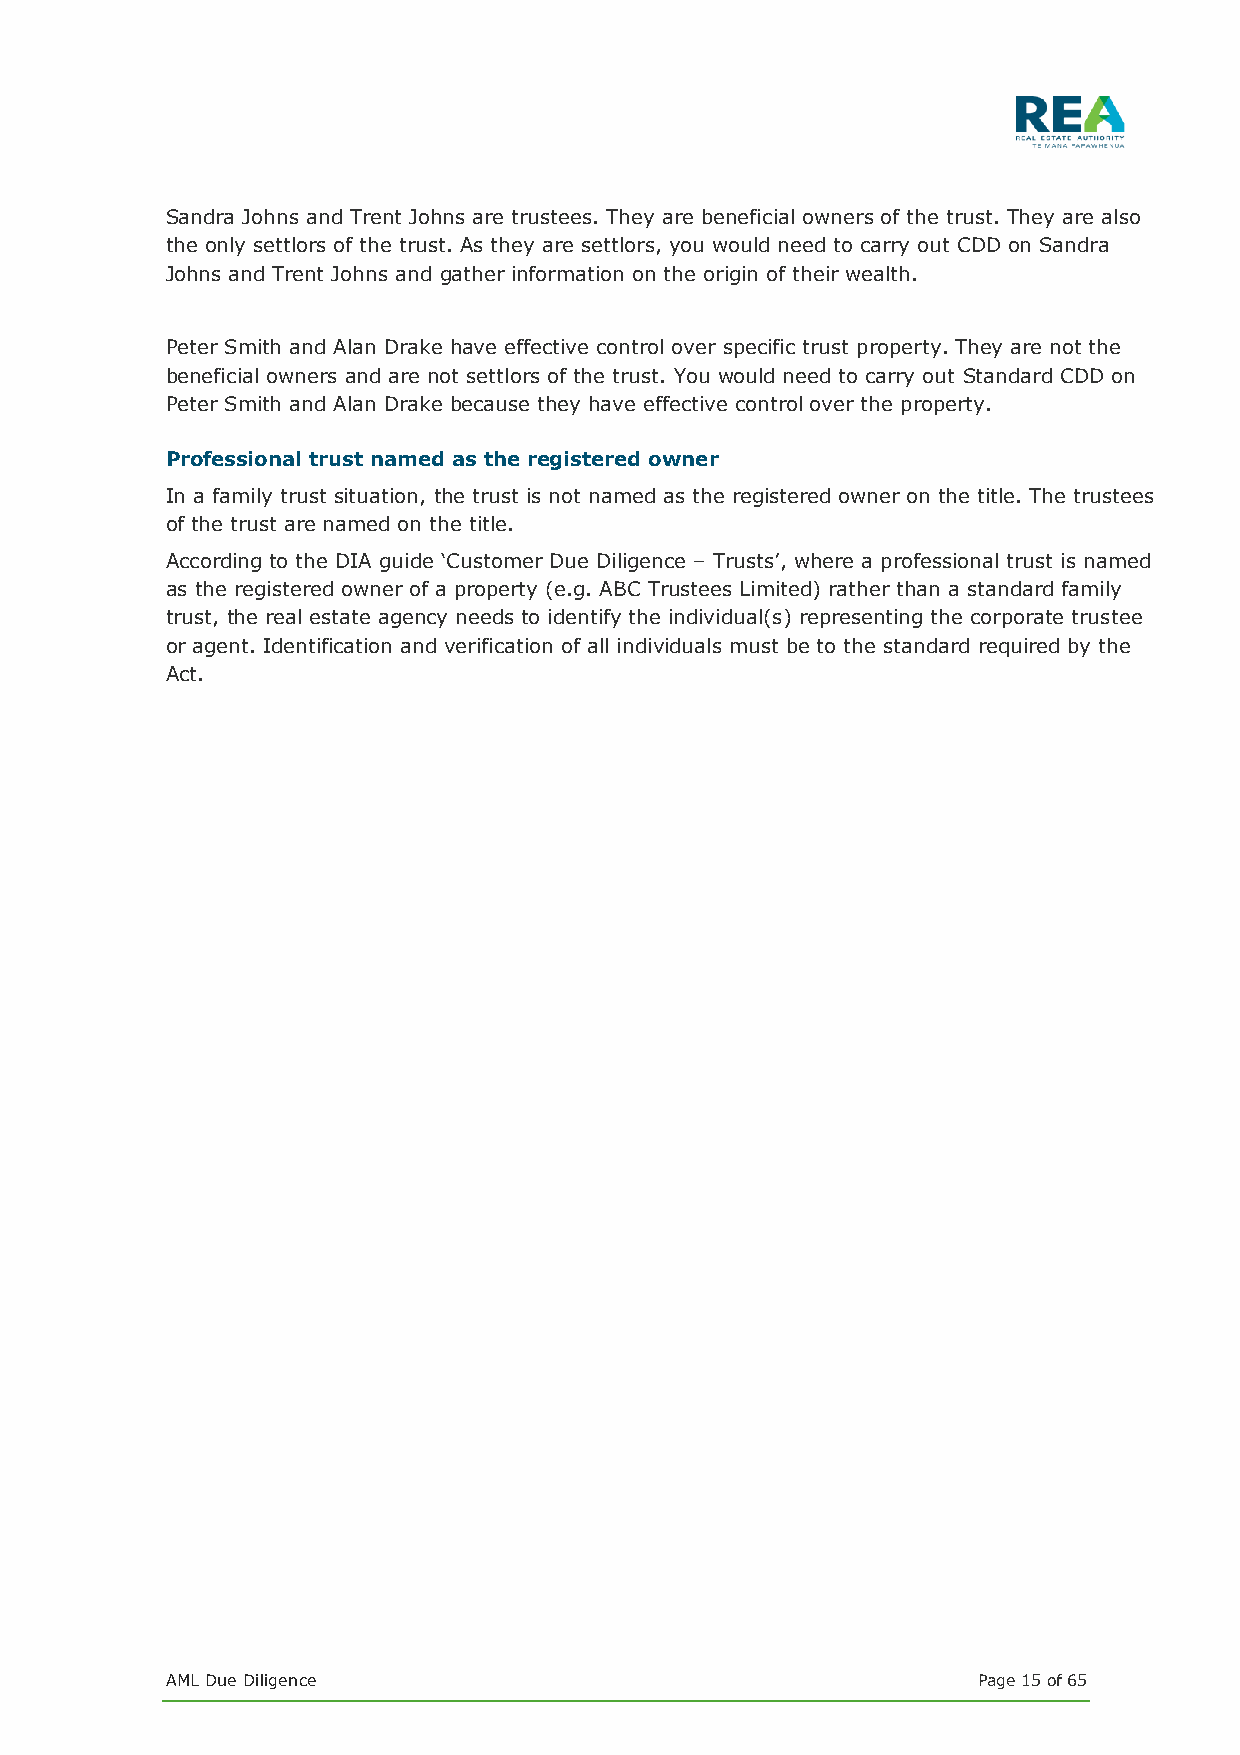
Sandra Johns and Trent Johns are trustees. They are beneficial owners of the trust. They are also
 the only settlors of the trust. As they are settlors, you would need to carry out CDD on Sandra
 Johns and Trent Johns and gather information on the origin of their wealth.
 Peter Smith and Alan Drake have effective control over specific trust property. They are not the
 beneficial owners and are not settlors of the trust. You would need to carry out Standard CDD on
 Peter Smith and Alan Drake because they have effective control over the property.
 Professional trust named as the registered owner
 In a family trust situation, the trust is not named as the registered owner on the title. The trustees
 of the trust are named on the title.
 According to the DIA guide ‘Customer Due Diligence – Trusts’, where a professional trust is named
 as the registered owner of a property (e.g. ABC Trustees Limited) rather than a standard family
 trust, the real estate agency needs to identify the individual(s) representing the corporate trustee
 or agent. Identification and verification of all individuals must be to the standard required by the
 Act.
 AML Due Diligence                                     Page 15 of 65